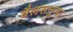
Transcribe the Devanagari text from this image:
थैलसनुमा